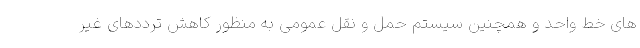
های خط واحد و همچنین سیستم حمل و نقل عمومی به منظور کاهش ترددهای غیر